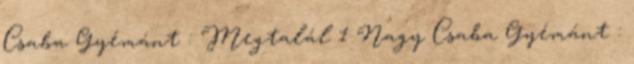
Csaba Gyémánt : Megtalál 1 Nagy Csaba Gyémánt :